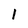
Character: 1